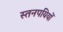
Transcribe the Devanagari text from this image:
स्तनपयियों